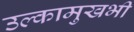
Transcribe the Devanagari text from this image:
उल्कामुखभी